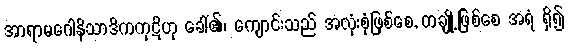
အာရာမဂေါနိသာဒိကကုဋိဟု ခေါ်၏၊ ကျောင်းသည် အလုံးစုံဖြစ်စေ, တချို့ဖြစ်စေ အရံ ရှိ၍